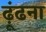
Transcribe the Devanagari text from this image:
ढ़ूंढना